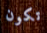
تكون